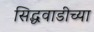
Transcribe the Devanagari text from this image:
सिद्धवाडीच्या